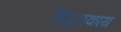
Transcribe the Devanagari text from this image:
विपुलकाय